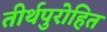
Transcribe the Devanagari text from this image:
तीर्थपुरोहित